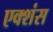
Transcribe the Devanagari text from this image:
एक्शंस